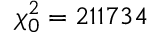
\chi _ { 0 } ^ { 2 } = 2 1 1 7 3 4